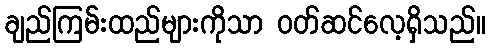
ချည်ကြမ်းထည်များကိုသာ ဝတ်ဆင်လေ့ရှိသည်။